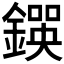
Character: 𨫰